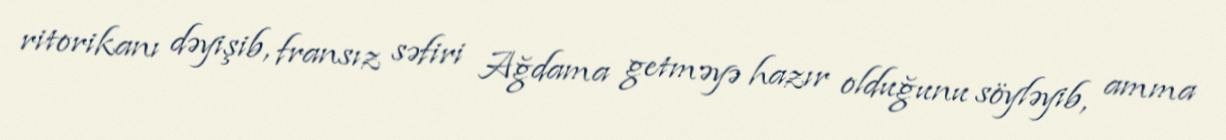
ritorikanı dəyişib, fransız səfiri Ağdama getməyə hazır olduğunu söyləyib, amma